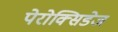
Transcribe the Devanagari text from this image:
पेरोक्सिडेज